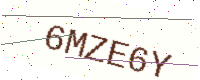
Text: 6MZE6Y